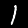
Digit: 1